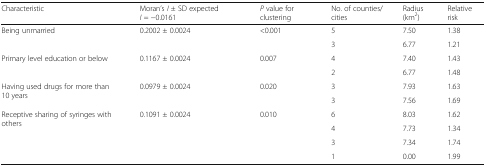
<table><thead><tr><td><b>Characteristic</b></td><td><b>Moran’s <i>I</i> ± SD expected <i>I</i> = −0.0161</b></td><td><b><i>P</i> value for clustering</b></td><td><b>No. of counties/cities</b></td><td><b>Radius (km<sup>2</sup>)</b></td><td><b>Relative risk</b></td></tr></thead><tbody><tr><td rowspan="2">Being unmarried</td><td>0.2002 ± 0.0024</td><td>&lt;0.001</td><td>5</td><td>7.50</td><td>1.38</td></tr><tr><td></td><td></td><td>3</td><td>6.77</td><td>1.21</td></tr><tr><td rowspan="2">Primary level education or below</td><td>0.1167 ± 0.0024</td><td>0.007</td><td>4</td><td>7.40</td><td>1.43</td></tr><tr><td></td><td></td><td>2</td><td>6.77</td><td>1.48</td></tr><tr><td rowspan="2">Having used drugs for more than 10 years</td><td>0.0979 ± 0.0024</td><td>0.020</td><td>3</td><td>7.93</td><td>1.63</td></tr><tr><td></td><td></td><td>3</td><td>7.56</td><td>1.69</td></tr><tr><td rowspan="4">Receptive sharing of syringes with others</td><td>0.1091 ± 0.0024</td><td>0.010</td><td>6</td><td>8.03</td><td>1.62</td></tr><tr><td></td><td></td><td>4</td><td>7.73</td><td>1.34</td></tr><tr><td></td><td></td><td>3</td><td>7.34</td><td>1.74</td></tr><tr><td></td><td></td><td>1</td><td>0.00</td><td>1.99</td></tr></tbody></table>